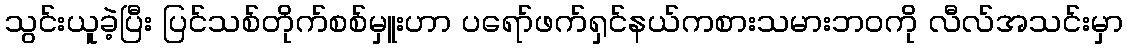
သွင်းယူခဲ့ပြီး ပြင်သစ်တိုက်စစ်မှူးဟာ ပရော်ဖက်ရှင်နယ်ကစားသမားဘဝကို လီလ်အသင်းမှာ